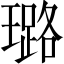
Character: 璐